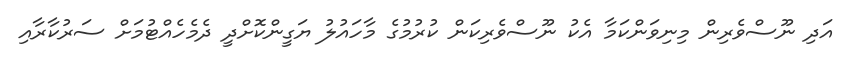
އަދި ނޫސްވެރިން މިނިވަންކަމާ އެކު ނޫސްވެރިކަން ކުރުމުގެ މާހައުލު ޔަގީންކޮށްދީ ދެމެހެއްޓުމަށް ސަރުކާރާއި